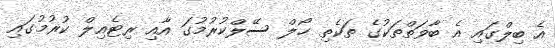
އެ ބިލްގައި އެ ބާވަތްތަކުގެ ތަކެތި ހޯލް ސޭލްކުރުމުގަ އާއި ރިޓެއިލް ކުރުމުގައި